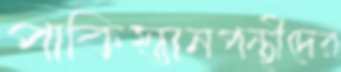
পাকিস্তানপন্থীদের